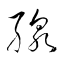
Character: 線